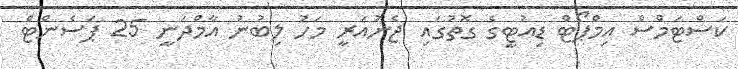
ކަސްޓަމްސް އިމްޕޯޓް ޑިއުޓީގެ ގޮތުގައި ޖެނުއަރީ މަހު ލިބުނު އާމްދަނީ 25 ޕަސެންޓް